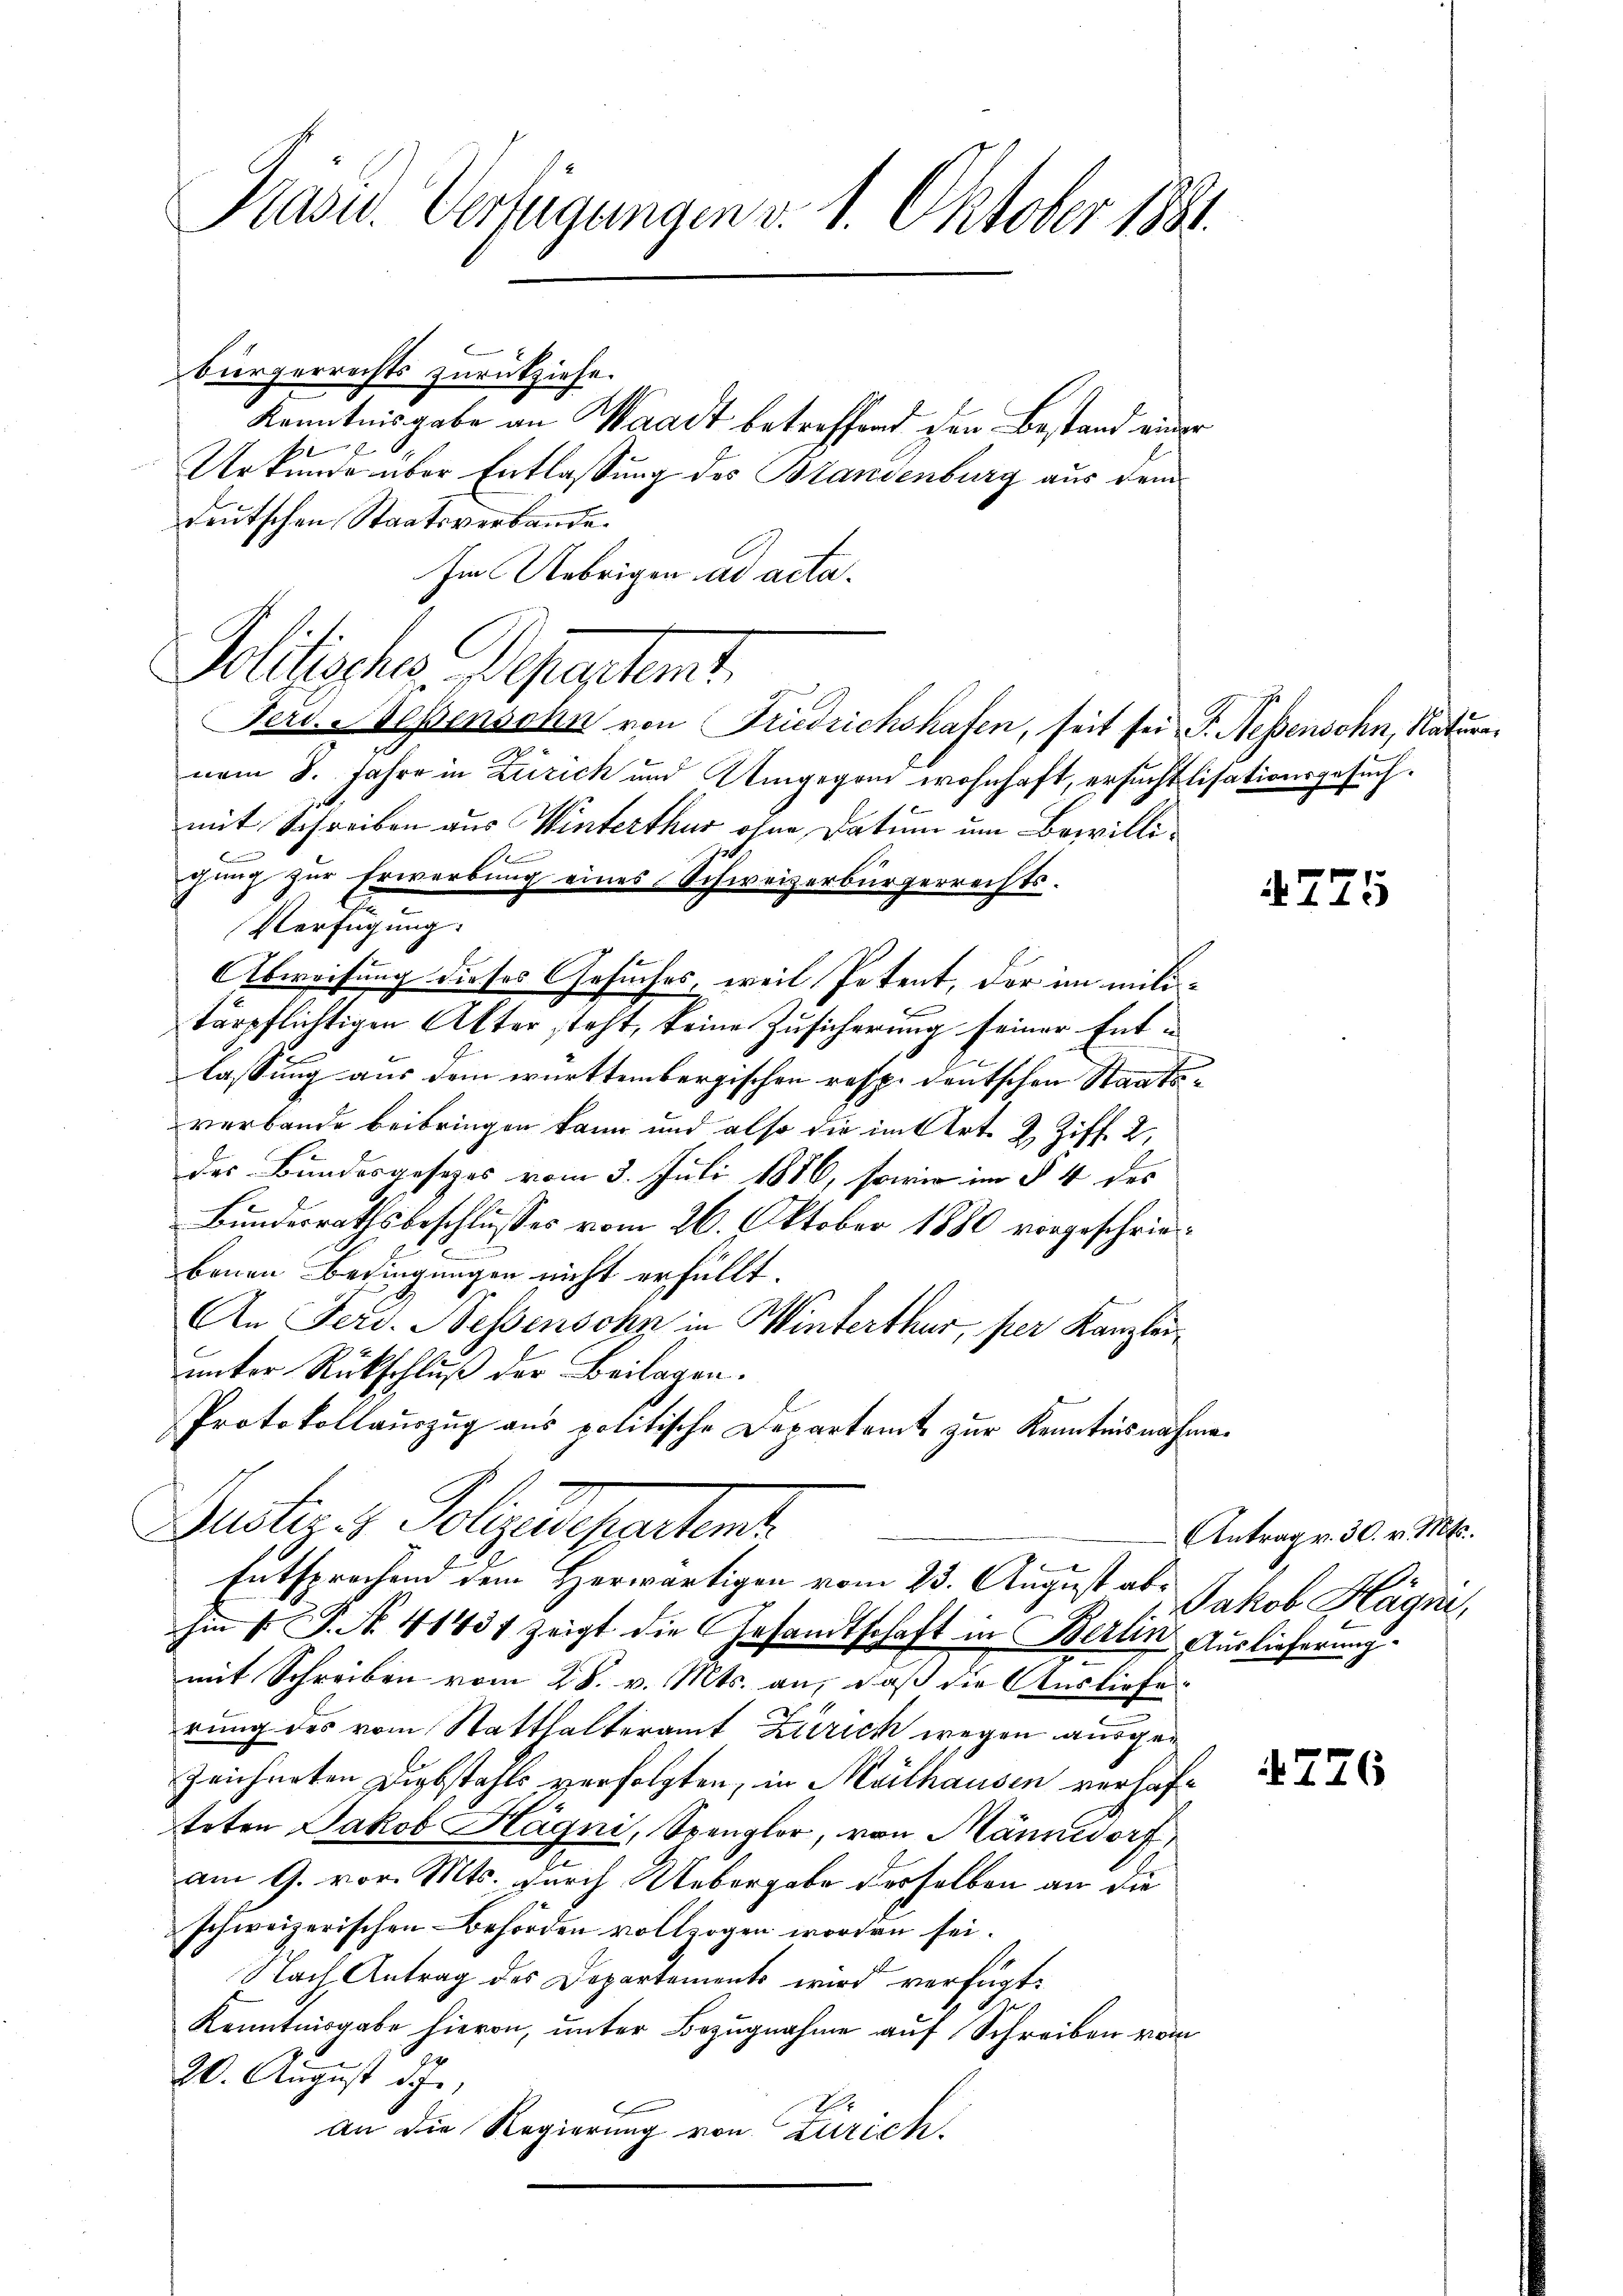
Präsid. Verfügungen v. 1. Oktober 1881.

Bürgerrechts zurückziehe.
Kenntnisgabe an Waadt betreffend den Bestand einer
Urkunde über Entlassung des Brandenburg aus dem
deutschen Staatsverbande.
Im Uebrigen ad acta.
Jolitisches Departamt.
vom 8. Jahre in Zürich und Umgegen wohnhaft, ersuchtlisationsgesuchmit Schreiben aus Winterthur ohne Datum um Bewilligung zur Erwerbung eines Schweizerbürgerrechts-
Verfügung:
Abweisung dieses Gesuches, weil Petent, der im mili-
tärpflichtigen Akter steht, keine Zusicherung seiner Entlassung aus dem württembergischen resp. deutschen Staatsverbande beibringen kann und also die im Art. 2 Ziff. 2,
des Bundesgesezes vom 3. Juli 1886, sowie im § 4 des
Bundesrathsbeschlusses vom 26. Oktober 1880 vorgeschriebenen Bedingungen nicht erfüllt.
An Ferd. Nessensohn in Winterthur, per Kanzlei
unter Rückschluß der Beilagen.
Protokollauszug aus politische Departamt zur Kenntnisnahme¬
Justiz & Polytecherten.
Entsprechend dem Herwärtigen vom 23. August abhin 1. No. 41431 zeigt die Gesandtschaft in Berlin Auslieferung
mit Schreiben vom 28. v. Mts. an, daß die Ausliefe
rung des vom Statthalteramt Zürich wegen ausgezeichneten Diebstahls verfolgten, in Moithausen verhafteten Jakob Hägni, Spengler, von Männedorf,
am 9. vor. Mts. durch Uebergabe derselben an die
schweizerischen Behörden vollzogen worden sei.
Nach Antrag des Departements wird verfügt:
Kenntnisgabe hievon, unter Bezugnahme auf Schreiben vom
20. August die
an die Regierung von Zürich,

Ferd. Hessensohn von Friedrichshafen, seit sei. P. Nebensohn, Natura¬

775

Antrag v. 30. v. Mts.
Jakob Hägi,

276